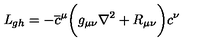
{ \it L } _ { g h } = - \overline { c } ^ { \mu } \biggl ( g _ { \mu \nu } \nabla ^ { 2 } + R _ { \mu \nu } \biggr ) c ^ { \nu }